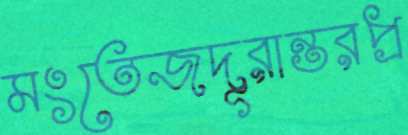
মংতেজদূরান্তরপ্র